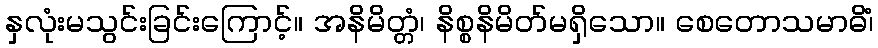
နှလုံးမသွင်းခြင်းကြောင့်။ အနိမိတ္တံ၊ နိစ္စနိမိတ်မရှိသော။ စေတောသမာဓိံ၊